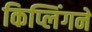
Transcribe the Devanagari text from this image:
किप्लिंगने